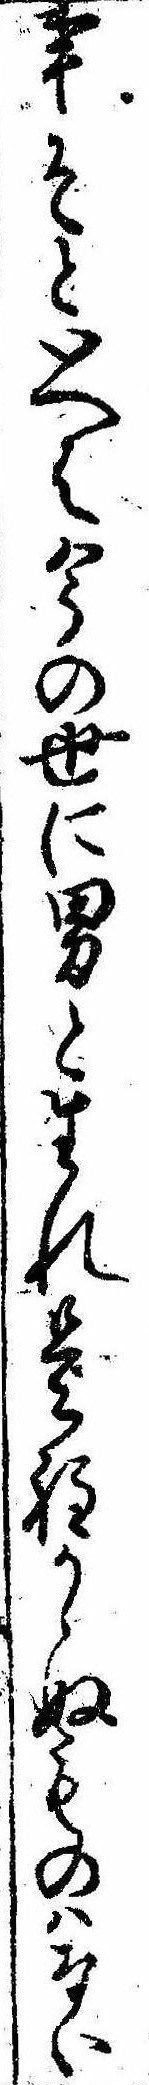
事そといへは今の世に男と生れ是程かゝぬものはない